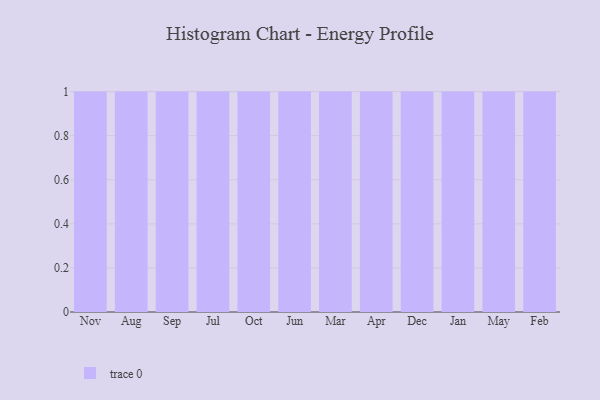
{"axis": {"x": "Month", "y": "Shipments"}, "legend": [""], "data": [{"x": "Nov", "y": 87, "type": ""}, {"x": "Aug", "y": 58, "type": ""}, {"x": "Sep", "y": 87, "type": ""}, {"x": "Jul", "y": 98, "type": ""}, {"x": "Oct", "y": 71, "type": ""}, {"x": "Jun", "y": 83, "type": ""}, {"x": "Mar", "y": 98, "type": ""}, {"x": "Apr", "y": 71, "type": ""}, {"x": "Dec", "y": 23, "type": ""}, {"x": "Jan", "y": 98, "type": ""}, {"x": "May", "y": 18, "type": ""}, {"x": "Feb", "y": 95, "type": ""}]}